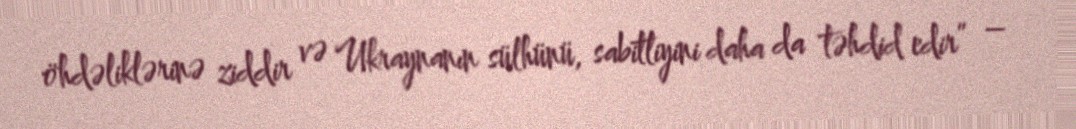
öhdəliklərinə ziddir və Ukraynanın sülhünü, sabitliyini daha da təhdid edir” –